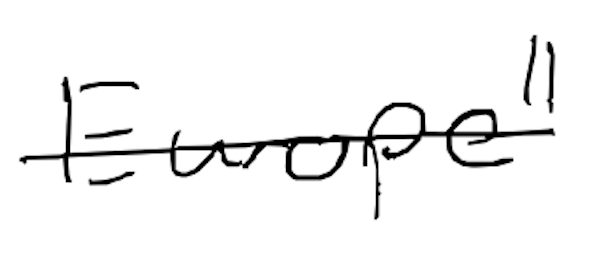
Text: Europe"
Cross-out: single-line
Writing tool: digital_black